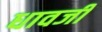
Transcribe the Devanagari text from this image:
धावजी